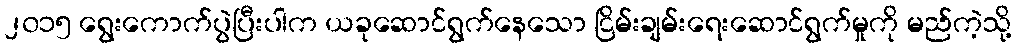
၂၀၁၅ ရွေးကောက်ပွဲပြီးပါက ယခုဆောင်ရွက်နေသော ငြိမ်းချမ်းရေးဆောင်ရွက်မှုကို မည်ကဲ့သို့